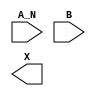
module sky130_fd_sc_ms__and2b (
    //# {{data|Data Signals}}
    input  A_N,
    input  B  ,
    output X
);

    // Voltage supply signals
    supply1 VPWR;
    supply0 VGND;
    supply1 VPB ;
    supply0 VNB ;

endmodule